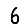
Digit: 6